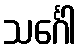
သင်္ဂေါ